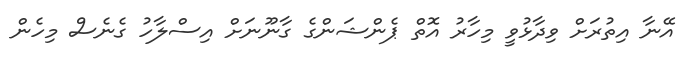
އޭނާ އިތުރަށް ވިދާޅުވީ މިހާރު އޮތް ޕެންޝަންގެ ގާނޫނަށް އިސްލާހު ގެނެސް މިހެން